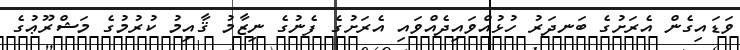
ވަޑައިގެން އެރަށުގެ ބަނދަރު ހުޅުއްވައިދެއްވައި އެރަށުގެ ފެނުގެ ނިޒާމު ޤާއިމު ކުރުމުގެ މަޝްރޫޢުގެ